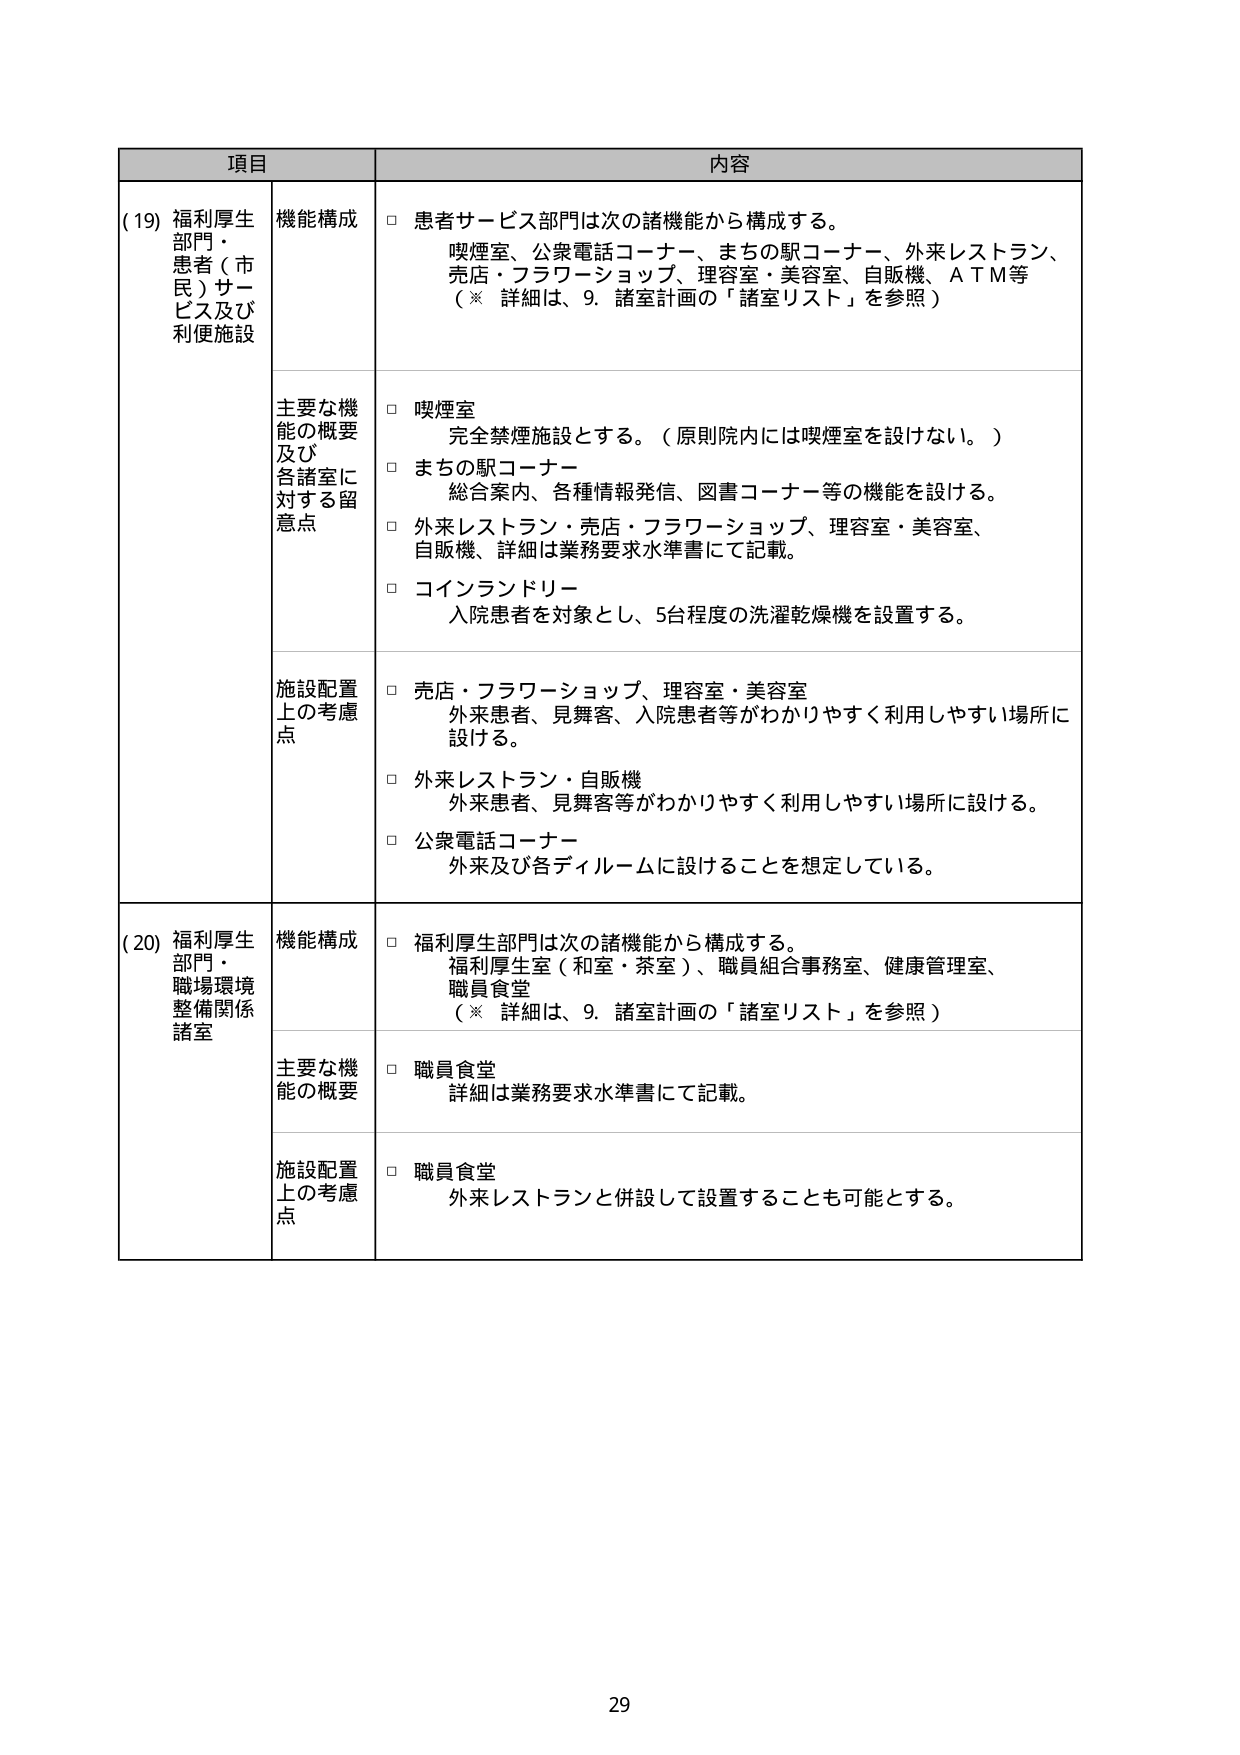
項目 内容
(19) 福利厚生 部門・ 患者（市 民）サー ビス及び 利便施設 機能構成 □ 患者サービス部門は次の諸機能から構成する。 喫煙室、公衆電話コーナー、まちの駅コーナー、外来レストラン、 売店・フラワーショップ、理容室・美容室、自販機、ＡＴＭ等 （※ 詳細は、9. 諸室計画の「諸室リスト」を参照） 主要な機 能の概要 及び 各諸室に 対する留 意点 □ 喫煙室 完全禁煙施設とする。（原則院内には喫煙室を設けない。） □ まちの駅コーナー 総合案内、各種情報発信、図書コーナー等の機能を設ける。 □ 外来レストラン・売店・フラワーショップ、理容室・美容室、 自販機、詳細は業務要求水準書にて記載。 □ コインランドリー 入院患者を対象とし、5台程度の洗濯乾燥機を設置する。 施設配置 上の考慮 点 □ 売店・フラワーショップ、理容室・美容室 外来患者、見舞客、入院患者等がわかりやすく利用しやすい場所に 設ける。 □ 外来レストラン・自販機 外来患者、見舞客等がわかりやすく利用しやすい場所に設ける。 □ 公衆電話コーナー 外来及び各ディルームに設けることを想定している。 (20) 福利厚生 部門・ 職場環境 整備関係 諸室 機能構成 □ 福利厚生部門は次の諸機能から構成する。 福利厚生室（和室・茶室）、職員組合事務室、健康管理室、 職員食堂 （※ 詳細は、9. 諸室計画の「諸室リスト」を参照） 主要な機 能の概要 □ 職員食堂 詳細は業務要求水準書にて記載。 施設配置 上の考慮 点 □ 職員食堂 外来レストランと併設して設置することも可能とする。 29